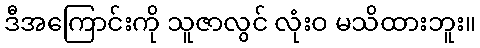
ဒီအကြောင်းကို သူဇာလွင် လုံးဝ မသိထားဘူး။